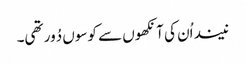
نیند اُن کی آنکھوں سے کوسوں دُور تھی۔